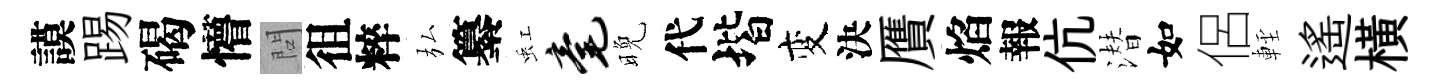
謨踢碣懵問徂粹弘纂虹毫晚代堦变決贋焰報伉潜如侶䡖遥橫